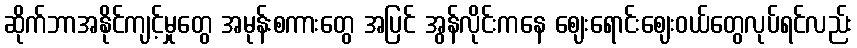
ဆိုက်ဘာအနိုင်ကျင့်မှုတွေ အမုန်းစကားတွေ အပြင် အွန်လိုင်းကနေ ဈေးရောင်းဈေးဝယ်တွေလုပ်ရင်လည်း